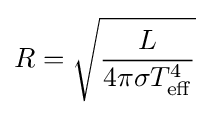
R={\sqrt {\frac {L}{4\pi \sigma T_{\rm {eff}}^{4}}}}